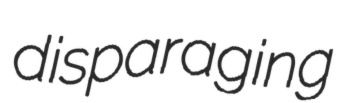
disparaging